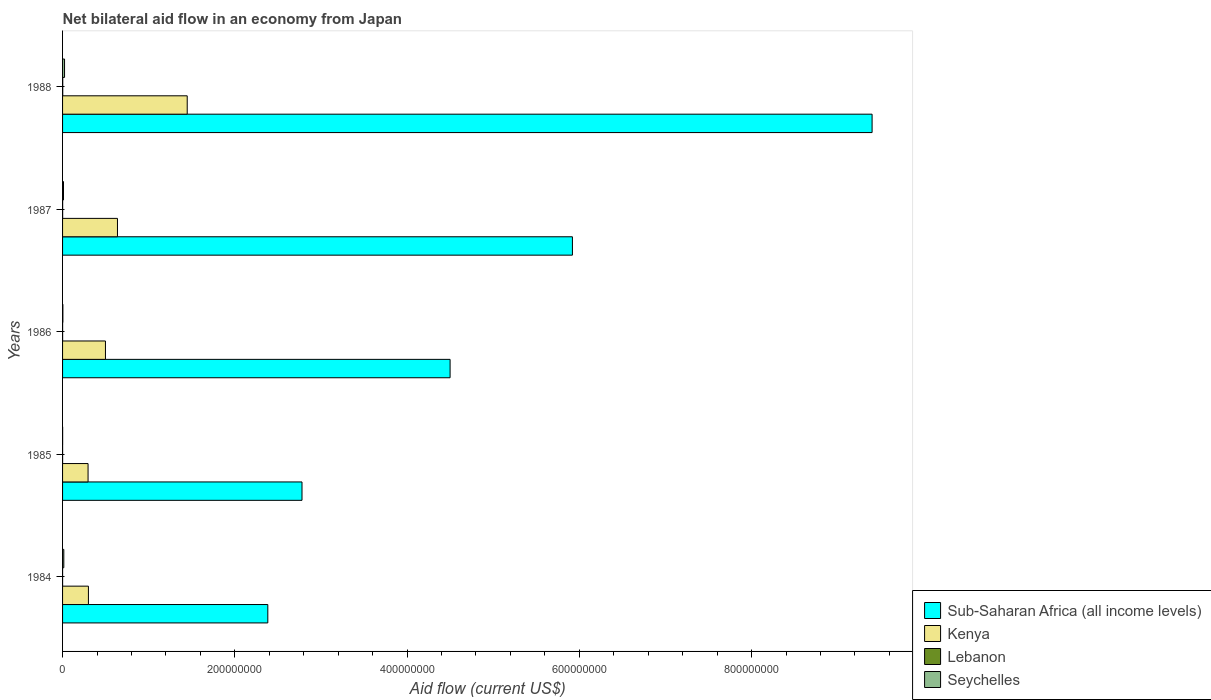
| Years | Sub-Saharan Africa (all income levels) | Kenya | Lebanon | Seychelles |
 | --- | --- | --- | --- | --- |
 | 1984 | 2.38e+08 | 3e+07 | 2e+04 | 1.44e+06 |
 | 1985 | 2.78e+08 | 2.96e+07 | 4e+04 | 7e+04 |
 | 1986 | 4.5e+08 | 4.98e+07 | 5e+04 | 3.6e+05 |
 | 1987 | 5.92e+08 | 6.37e+07 | 8e+04 | 1.09e+06 |
 | 1988 | 9.4e+08 | 1.45e+08 | 1.9e+05 | 2.3e+06 |